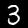
Label: 3